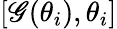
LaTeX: [\mathscr{G}(\theta_{i}),\theta_{i}]